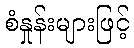
စံနှုန်းများဖြင့်